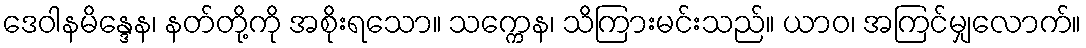
ဒေဝါနမိန္ဒေန၊ နတ်တို့ကို အစိုးရသော။ သက္ကေန၊ သိကြားမင်းသည်။ ယာဝ၊ အကြင်မျှလောက်။